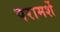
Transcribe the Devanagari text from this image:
परामर्शे